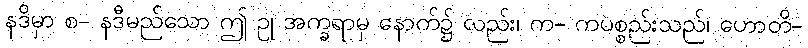
နဒိမှာ စ- နဒီမည်သော ဤ ဥု အက္ခရာမှ နောက်၌ လည်း၊ က- ကပစ္စည်းသည်၊ ဟောတိ-